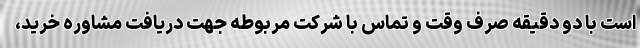
است با دو دقیقه صرف وقت و تماس با شرکت مربوطه جهت دریافت مشاوره خرید،